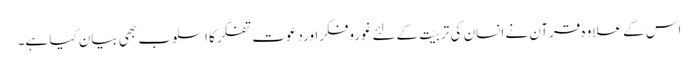
اس کے علاوہ قرآن نے انسان کی تربیّت کےلئےغوروفکراوردعوتِ تفکر کا اسلوب بھی بیان کیا ہے۔